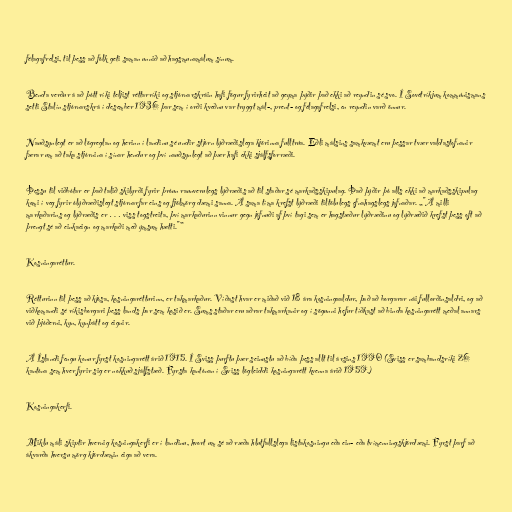
félagafrelsi, til þess að fólk geti saman unnið að hagsmunamálum sínum.

Benda verður á að þótt ríki teljist réttarríki og stjórnarskráin hafi fögur fyrirheit að geyma þýðir það ekki að reyndin sé svo. Í Sovétríkjum kommúnismans
setti Stalín stjórnarskrá í desember 1936 þar sem í orði kveðnu var tryggt mál-, prent- og félagafrelsi, en reyndin varð önnur.

Nauðsynlegt er að lögreglan og herinn í landinu sé undir stjórn lýðræðislega kjörinna fulltrúa. Eðli málsins samkvæmt eru þessar tvær valdastofnanir
færar um að taka stjórnina í sínar hendur og því nauðsynlegt að þær hafi ekki sjálfsforræði.

Þessu til viðbótar er það talið skilyrði fyrir þróun raunverulegs lýðræðis að til staðar sé markaðsskipulag. Það þýðir þó alls ekki að markaðsskipulag
komi í veg fyrir ólýðræðislegt stjórnarfar eins og fjölmörg dæmi sanna. Á sama tíma krefst lýðræði tiltölulegs efnahagslegs jafnaðar. „"Á milli
markaðarins og lýðræðis er … viss togstreita, því markaðurinn vinnur gegn jöfnuði af því tagi sem er hagstæður lýðræðinu og lýðræðið krefst þess oft að
þrengt sé að einkaeign og markaði með ýmsum hætti."”

Kosningaréttur.

Rétturinn til þess að kjósa, kosningarétturinn, er takmarkaður. Víðast hvar er miðað við 18 ára kosningaaldur, það að borgarar nái fullorðinsaldri, og að
viðkomandi sé ríkisborgari þess lands þar sem kosið er. Sums staðar eru aðrar takmarkanir og í sögunni hefur tíðkast að binda kosningarétt meðal annars
við þjóðerni, kyn, kynþátt og eignir.

Á Íslandi fengu konur fyrst kosningarétt árið 1915. Í Sviss þurftu þær seinustu að bíða þess allt til ársins 1990 (Sviss er sambandsríki 26
kantóna sem hver fyrir sig er nokkuð sjálfstæð. Fyrsta kantónan í Sviss lögleiddi kosningarétt kvenna árið 1959.)

Kosningakerfi.

Miklu máli skiptir hvernig kosningakerfi er í landinu, hvort um sé að ræða hlutfallslega listakosningu eða ein- eða tvímenningskjördæmi. Fyrst þarf að
ákvarða hversu mörg kjördæmin eiga að vera.